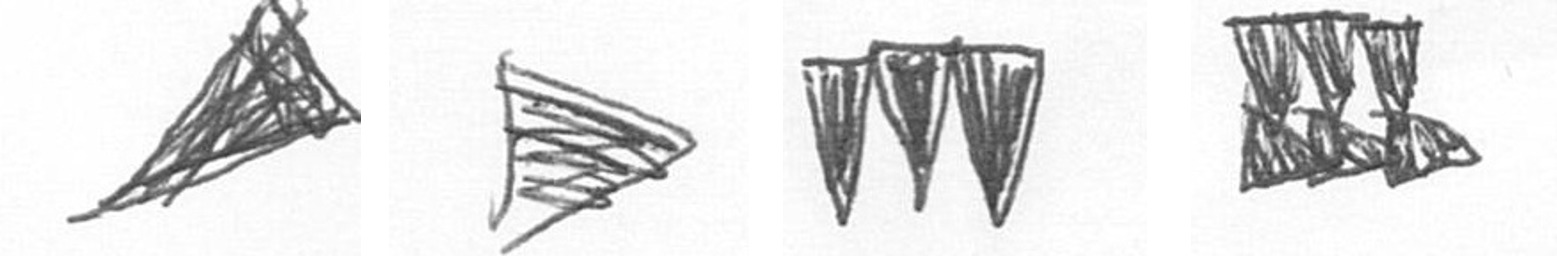
O T L D